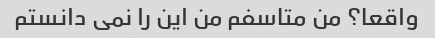
واقعا؟ من متاسفم من این را نمی دانستم